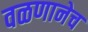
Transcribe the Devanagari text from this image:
वळणानेच